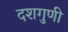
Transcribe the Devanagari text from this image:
दशगुणी